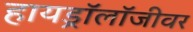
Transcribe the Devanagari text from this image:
हायड्रॉलॉजीवर